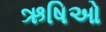
ઋષિઓ